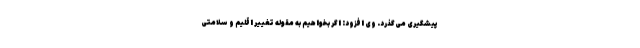
پیشگیری می‌گذرد. وی افزود: اگر بخواهیم به مقوله تغییر اقلیم و سلامتی